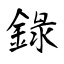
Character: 錄